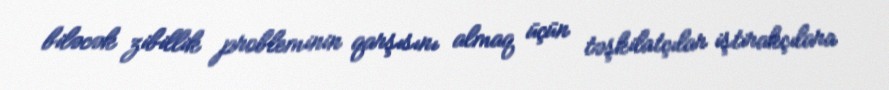
biləcək zibillik probleminin qarşısını almaq üçün təşkilatçılar iştirakçılara